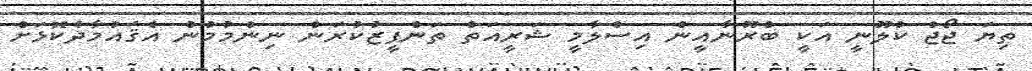
ތިޔަ ޖޯޖް ކުލޫނީ އަކީ ބްރޫނާއީން އިސްލާމީ ޝަރީއަތް ތަންފީޒުކުރަން ނިންމުމުން އެޤައުމާދެކޮޅަށް